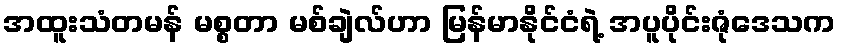
အထူးသံတမန် မစ္စတာ မစ်ချဲလ်ဟာ မြန်မာနိုင်ငံရဲ့ အပူပိုင်းဇုံဒေသက